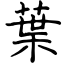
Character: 葉